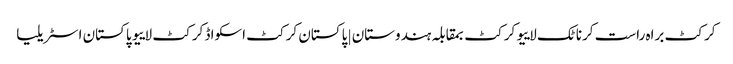
کرکٹ براہ راست کرناٹک لاییو کرکٹ بمقابلہ ہندوستان | پاکستان کرکٹ اسکواڈ کرکٹ لاییو پاکستان اسٹریلیا